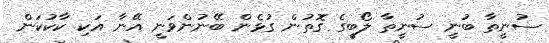
ސުނީތާ ބުނީ ސުނީތާ ލޯބީގެ ގޮތުން ގުޅެން ބޭނުންވަނީ އޭނާ އަކި ކާކުކަން